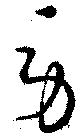
労